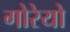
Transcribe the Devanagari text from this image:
गोरेयो